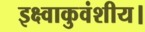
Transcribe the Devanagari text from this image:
इक्ष्वाकुवंशीय।